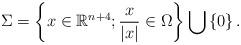
LaTeX: \begin{align*}\Sigma= \left\lbrace x \in \mathbb{R}^{n+4} ; \frac{x}{|x|} \in \Omega \right\rbrace \bigcup \left\lbrace 0 \right\rbrace .\end{align*}